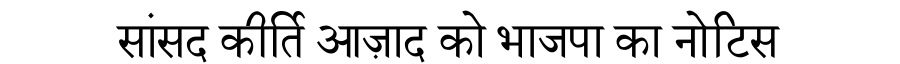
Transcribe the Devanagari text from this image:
सांसद कीर्ति आज़ाद को भाजपा का नोटिस